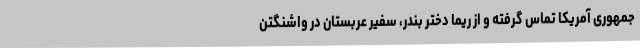
جمهوری آمریکا تماس گرفته و از ریما دختر بندر، سفیر عربستان در واشنگتن